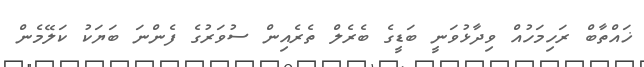
ޚައްތާބް ރަހިމަހުއް ވިދާޅުވަނީ ބަޑީގެ ބެރެލް ތެރެއިން ސުވަރުގެ ފެންނަ ބަޔަކު ކަލޭމެން